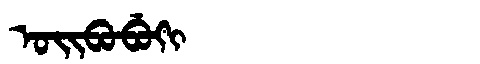
Manchu: ᠣᡳᠪᠣᠪᡠᡴᡳ
Romanization: OIBOBUKI